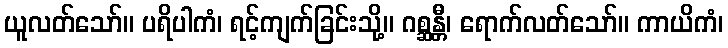
ယူလတ်သော်။ ပရိပါကံ၊ ရင့်ကျက်ခြင်းသို့။ ဂစ္ဆန္တီ၊ ရောက်လတ်သော်။ ကာယိကံ၊